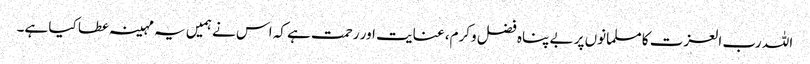
اللہ رب العزت کا مسلمانوں پر بے پناہ فضل وکرم، عنایت اور رحمت ہے کہ اس نے ہمیں یہ مہینہ عطا کیا ہے۔